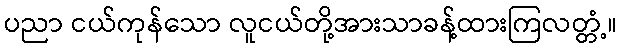
ပညာ ငယ်ကုန်သော လူငယ်တို့အားသာခန့်ထားကြလတ္တံ့။